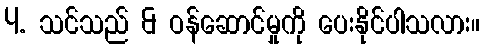
4. သင်သည် & ဝန်ဆောင်မှုကို ပေးနိုင်ပါသလား။